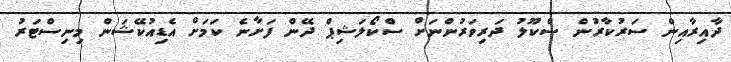
ދާއިރާއިން ސަރުކާރުން ސްކޫލު ދަރިވަރުންނަށް ސްކޯލަޝިޕް ދޭން ފަށާނެ ކަމަށް އެޑިއުކޭޝަން މިނިސްޓަރު